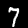
Digit: 7